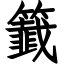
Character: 籖